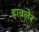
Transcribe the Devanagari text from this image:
हावलेर